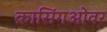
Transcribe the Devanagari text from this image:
क्रासिंगओवर